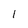
Character: 1